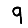
Digit: 9